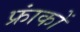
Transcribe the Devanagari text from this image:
फ्रांकों